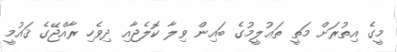
މީގެ އިތުރަށް މަތީ ތަޢުލީމުގެ ބައިން ވިލާ ކޮލެޖާއި ދިވެހި ރާއްޖޭގެ ޤައުމީ